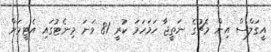
އީގަލްސް އިން މެޗުގެ ނަތީޖާ ހަމަހަމަ ކުރީ 81 ވަނަ މިނެޓުގައި އެޓީމަށް